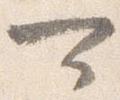
可